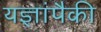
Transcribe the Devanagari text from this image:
यज्ञांपैकी